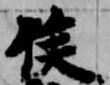
侯